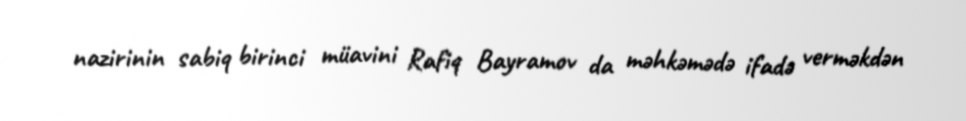
nazirinin sabiq birinci müavini Rafiq Bayramov da məhkəmədə ifadə verməkdən